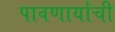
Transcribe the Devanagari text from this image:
पावणार्यांची